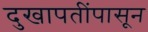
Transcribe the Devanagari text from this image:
दुखापतींपासून